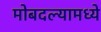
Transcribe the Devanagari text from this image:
मोबदल्यामध्ये